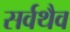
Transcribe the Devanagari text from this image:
सर्वथैव